Punjab Mental Hospital Lahore 1932-46 - 1932-1946
Year: 1932
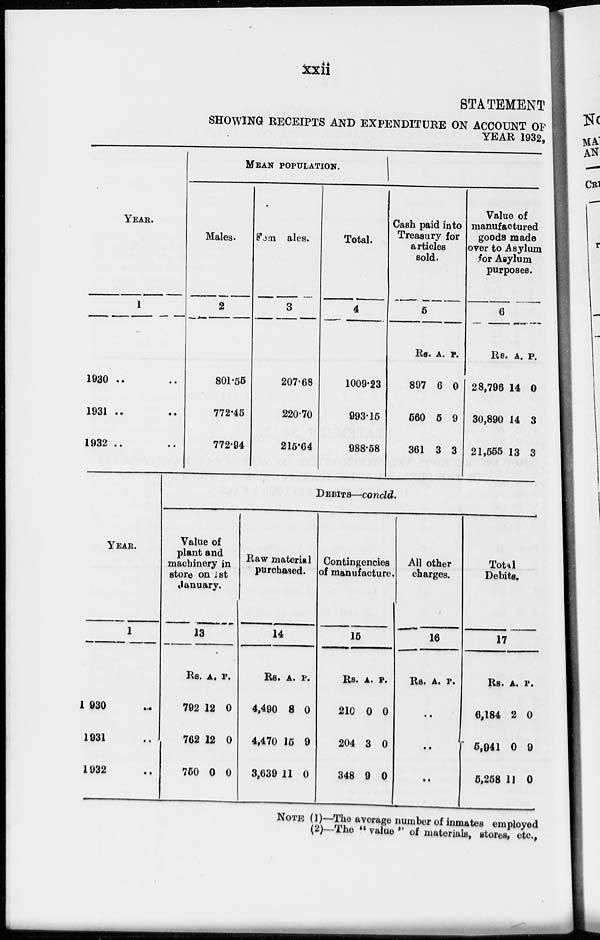
xxii
STATEMENT
SHOWING RECEIPTS AND EXPENDITURE ON ACCOUNT OF
YEAR 1932,
YEAR.
1
1930 .. ..
1931 .. ..
1932 .. ..
YEAR.
1
1930 ..
1931 ..
1932 ..
MEAN POPULATION.
Males.
2
801.55
772.45
772.94
Females.
3
207.68
220.70
215.64
Total.
4
1009.23
993.15
988.58
Cash paid into
Treasury for
articles
sold.
5
Rs.
897
560
361
A.
6
5
3
P.
0
9
3
Value of
manufactured
goods made
over to Asylum
for Asylum
purposes.
6
Rs.
28,796
30,890
21,555
A.
14
14
13
P.
0
3
3
DEBITS—concld.
Value of
plant and
machinery in
store on 1st
January.
13
Rs.
792
762
750
A.
12
12
0
P.
0
0
0
Raw material
purchased.
14
Rs.
4,490
4,470
3,639
A.
8
15
11
P.
0
9
0
Contingencies
of manufacture.
15
Rs.
210
204
348
A.
0
3
9
P.
0
0
0
All other
charges.
16
Rs. A. P.
..
..
..
Total
Debits.
17
Rs.
6,184
5,941
5,258
A.
2
0
11
P.
0
9
0
NOTE (1)—The average number of inmates employed
(2)—The " value " of materials, stores, etc.,